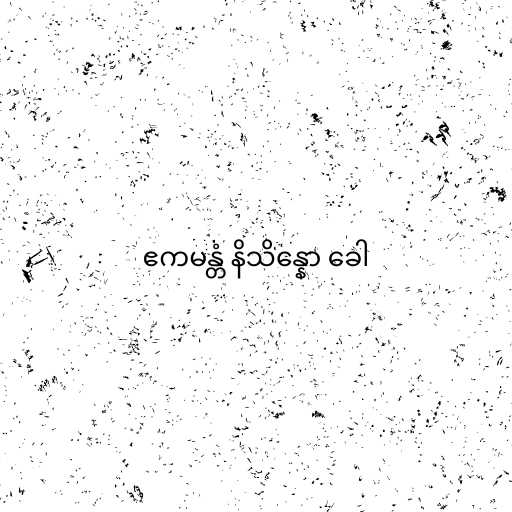
ဧကမန္တံ နိသိန္နော ခေါ